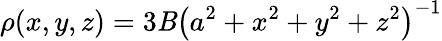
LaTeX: \rho(x,y,z)=3\mathit{B}\left(a^{2}+x^{2}+y^{2}+z^{2}\right)^{-1}